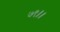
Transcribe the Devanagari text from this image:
७९।।